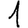
Digit: 1